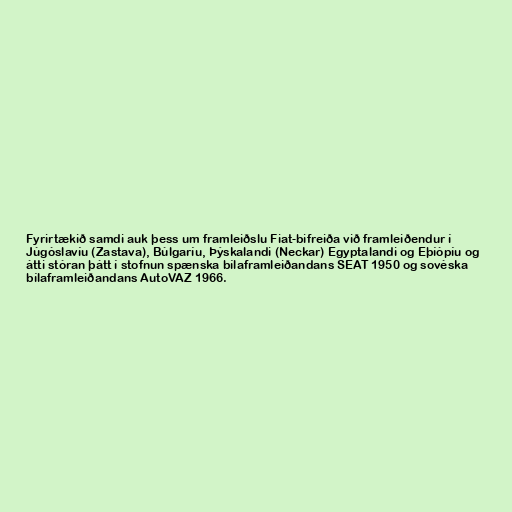
Fyrirtækið samdi auk þess um framleiðslu Fiat-bifreiða við framleiðendur í
Júgóslavíu (Zastava), Búlgaríu, Þýskalandi (Neckar) Egyptalandi og Eþíópíu og
átti stóran þátt í stofnun spænska bílaframleiðandans SEAT 1950 og sovéska
bílaframleiðandans AutoVAZ 1966.